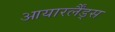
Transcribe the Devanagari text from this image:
आयारर्लैंड्स